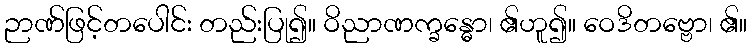
ဉာဏ်ဖြင့်တပေါင်း တည်းပြု၍။ ဝိညာဏက္ခန္ဓော၊ ၏ဟူ၍။ ဝေဒိတဗ္ဗော၊ ၏။